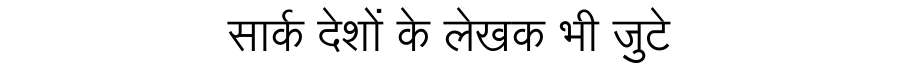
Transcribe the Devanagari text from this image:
सार्क देशों के लेखक भी जुटे